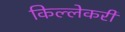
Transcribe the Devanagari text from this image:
किल्लेकरी